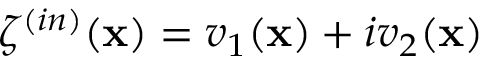
\zeta ^ { ( i n ) } ( \mathbf { x } ) = v _ { 1 } ( \mathbf { x } ) + i v _ { 2 } ( \mathbf { x } )